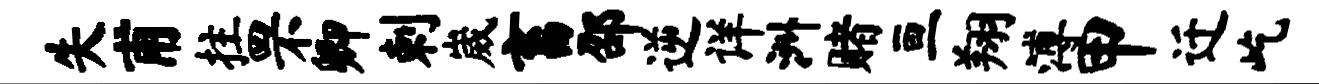
失甫拄罘卿剌崴畜邵逆详洲赌亘翔溥甲迁屹